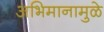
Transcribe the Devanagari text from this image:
अभिमानामुळे